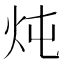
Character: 炖